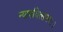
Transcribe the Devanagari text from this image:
न्यायवित्समयः।